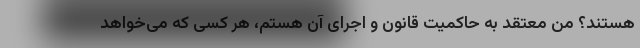
هستند؟ من معتقد به حاکمیت قانون و اجرای آن هستم، هر کسی که می‌خواهد